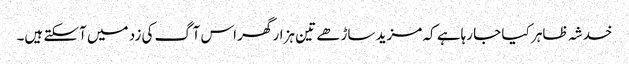
خدشہ ظاہر کیا جا رہاہے کہ مزید ساڑھے تین ہزار گھر اس آگ کی زد میں آسکتے ہیں۔